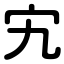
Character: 宄